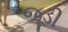
જૂડી